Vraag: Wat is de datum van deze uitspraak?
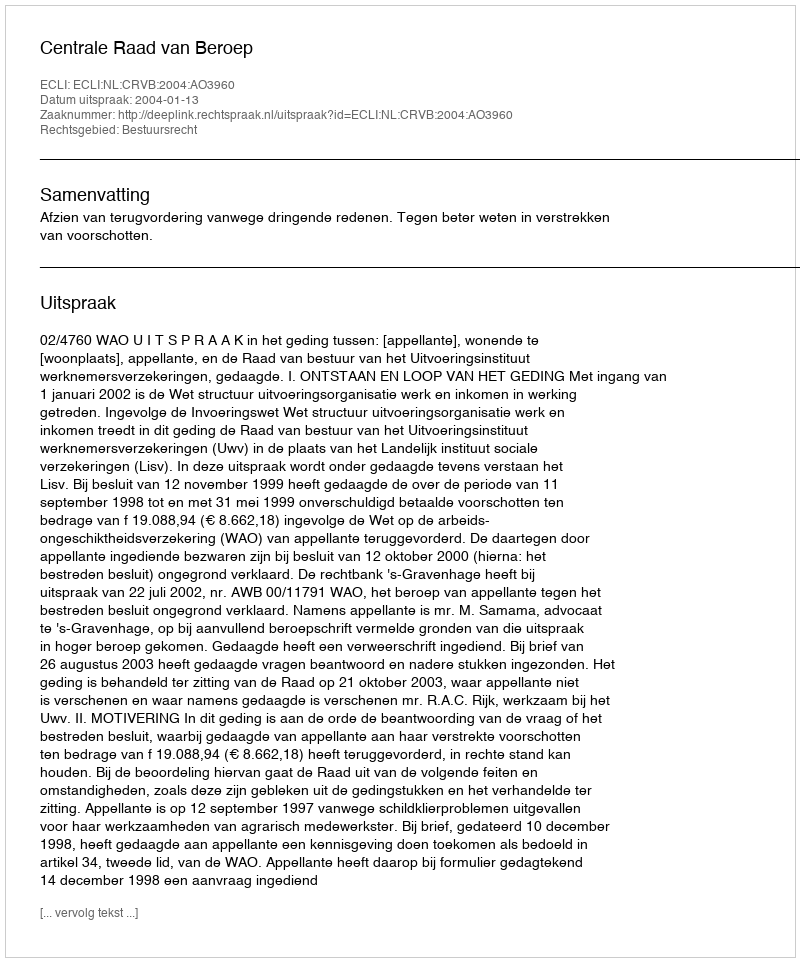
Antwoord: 2004-01-13